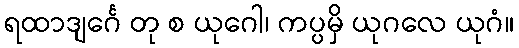
ရထာဒျင်္ဂေ တု စ ယုဂေါ၊ ကပ္ပမှိ ယုဂလေ ယုဂံ။